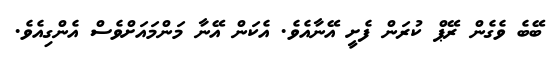
ބޭބެ ވެގެން ރޭޕް ކުރަން ފެށީ އޭނާއެވެ. އެކަން އޭނާ މަންމައަށްވެސް އެންގިއެވެ.